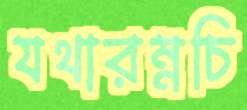
যথারম্নচি